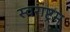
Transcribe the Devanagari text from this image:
स्वराष्ट्रम्‌